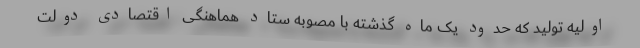
اولیه تولید که حدود یک ماه گذشته با مصوبه ستاد هماهنگی اقتصادی دولت